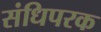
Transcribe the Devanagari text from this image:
संधिपरक